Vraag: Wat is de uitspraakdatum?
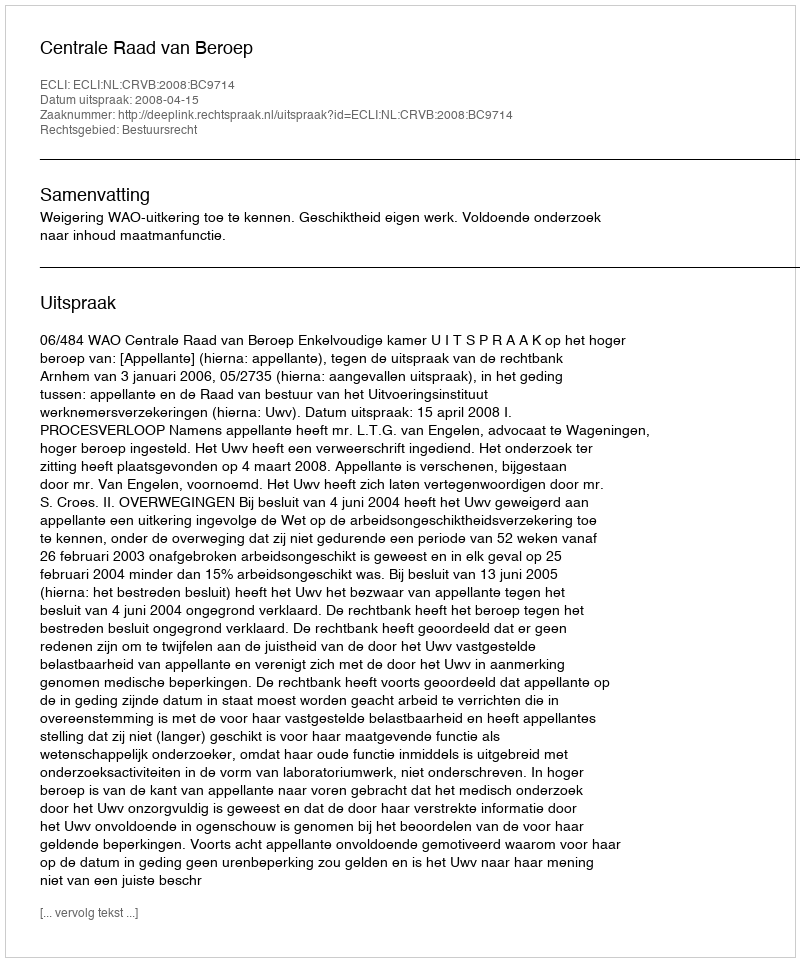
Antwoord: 2008-04-15